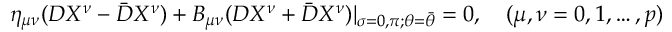
\eta _ { \mu \nu } ( D X ^ { \nu } - \bar { D } X ^ { \nu } ) + B _ { \mu \nu } ( D X ^ { \nu } + \bar { D } X ^ { \nu } ) | _ { \sigma = 0 , \pi ; \theta = \bar { \theta } } = 0 , \quad ( \mu , \nu = 0 , 1 , \ldots , p )